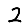
Digit: 2